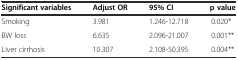
<table><thead><tr><td><b>Significant variables</b></td><td><b>Adjust OR</b></td><td><b>95% CI</b></td><td><b>p value</b></td></tr></thead><tbody><tr><td>Smoking</td><td>3.981</td><td>1.246-12.718</td><td>0.020*</td></tr><tr><td>BW loss</td><td>6.635</td><td>2.096-21.007</td><td>0.001**</td></tr><tr><td>Liver cirrhosis</td><td>10.307</td><td>2.108-50.395</td><td>0.004**</td></tr></tbody></table>